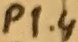
Text: P1.4